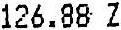
126.88 Z